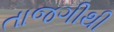
તાજગીથી